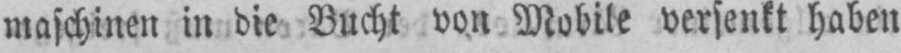
maschinen in die Bucht von Mobile versenkt haben